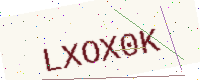
Text: LXOX0K